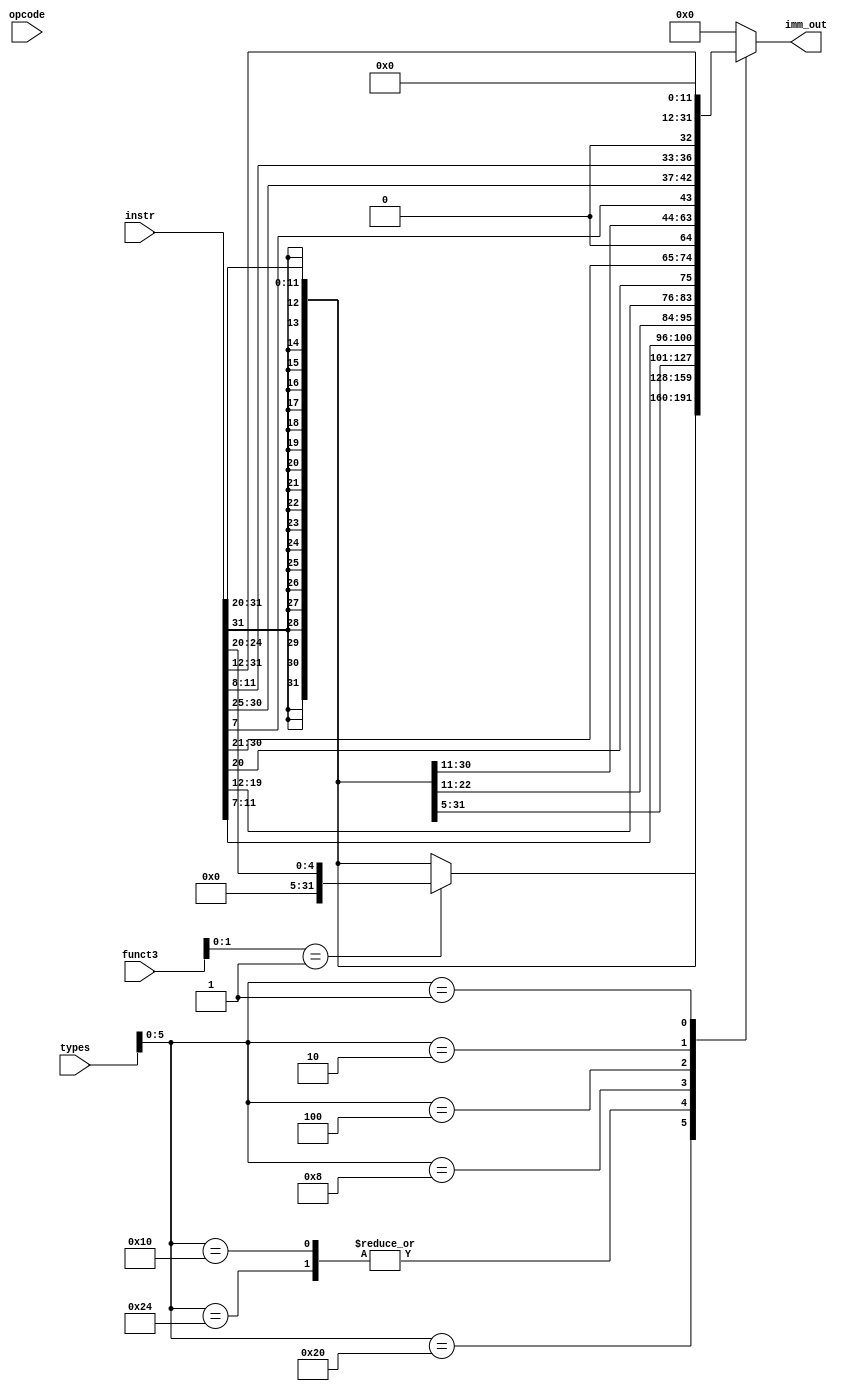
module immediate#(
	parameter XLEN = 32,
    parameter OP_LEN = 7
)(
	input        [XLEN-1:0]     instr,
    input        [OP_LEN-1:0]   opcode,
    input        [2:0]          funct3,
    input        [6:0]          types,
	output reg   [XLEN-1:0]     imm_out
);
    
    // types = { R-type, I-type, L-type, S-type, J-type, B-type, U-type }

	always@(*)begin
		case(types[5:0])
            // I-type
            6'b100000 : begin
                        if(funct3[1:0] == 2'b01 )
                            imm_out = {27'b0,instr[24:20]};
                        else
                            imm_out = {{21{instr[31]}},instr[30:20]};
                       end
            // JALR instruction
            6'b100100 : imm_out = {{21{instr[31]}},instr[30:20]};
            // L-type
            6'b010000 : imm_out = {{21{instr[31]}},instr[30:20]};
            // S-type
			6'b001000 : imm_out = {{21{instr[31]}},instr[30:25],instr[11:8],instr[7]};
            // J-type
			6'b000100 : imm_out = {{12{instr[31]}},instr[19:12],instr[20],instr[30:21],1'b0};
            // B-type
			6'b000010 : imm_out = {{20{instr[31]}},instr[7],instr[30:25],instr[11:8],1'b0};
            // U-type
			6'b000001 : imm_out = {instr[31:12],{12{1'b0}}};
			default: imm_out = 32'd0;
		endcase
	end

endmodule